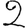
Digit: 2